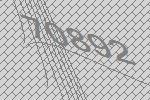
70892